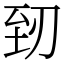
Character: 䑒